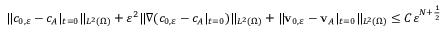
\| c _ { 0 , \ensuremath { \varepsilon } } - c _ { A } | _ { t = 0 } \| _ { L ^ { 2 } ( \Omega ) } + \varepsilon ^ { 2 } \| \nabla ( c _ { 0 , \ensuremath { \varepsilon } } - c _ { A } | _ { t = 0 } ) \| _ { L ^ { 2 } ( \Omega ) } + \| \mathbf { v } _ { 0 , \ensuremath { \varepsilon } } - \mathbf { v } _ { A } | _ { t = 0 } \| _ { L ^ { 2 } ( \Omega ) } \leq C \ensuremath { \varepsilon } ^ { N + \frac 1 2 }